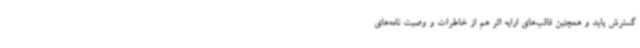
گسترش یابد و همچنین قالب‌های ارایه اثر هم از خاطرات و وصیت نامه‌های